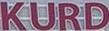
KURD